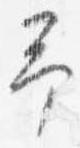
予